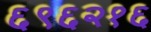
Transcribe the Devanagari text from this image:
६९६२१६